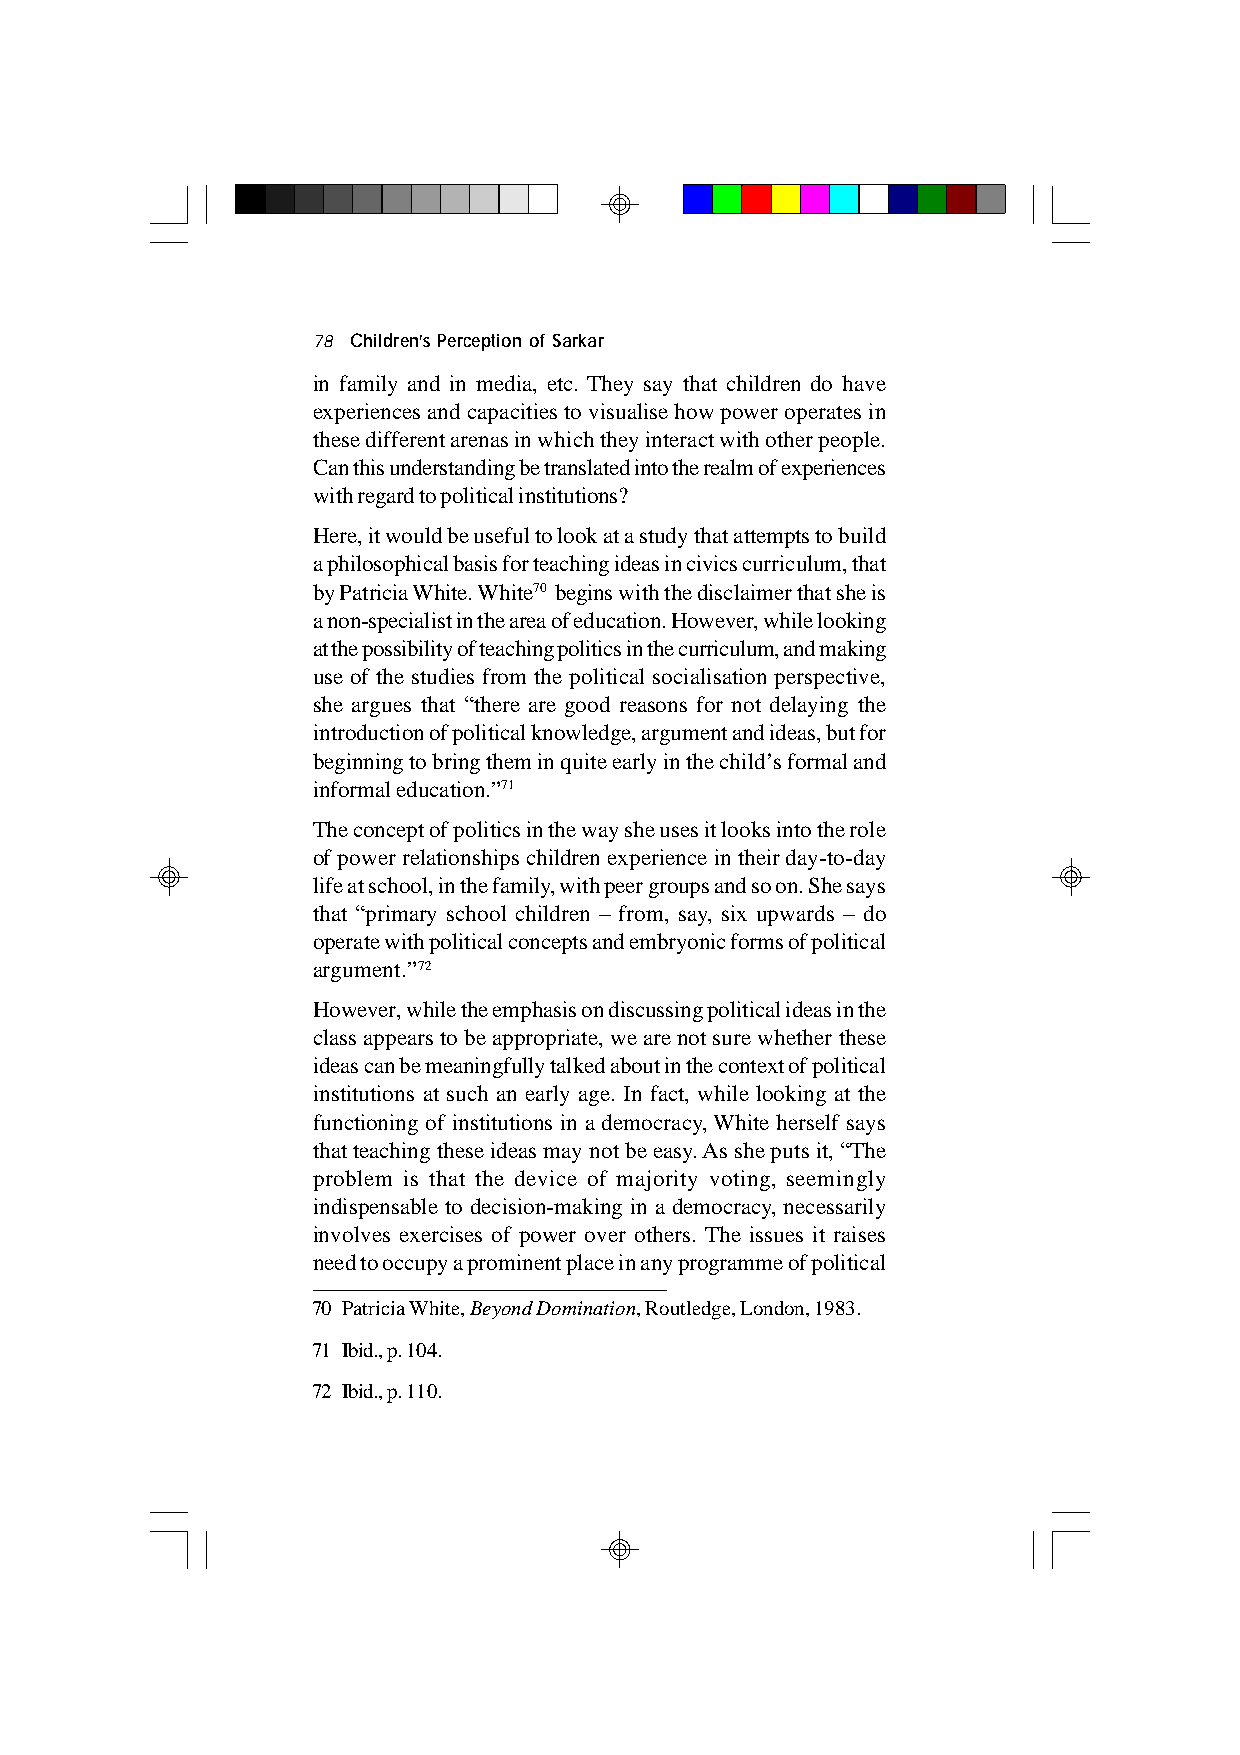
78 Children’s Perception of Sarkar
 in family and in media, etc. They say that children do have
 experiences and capacities to visualise how power operates in
 these different arenas in which they interact with other people.
 Can this understanding be translated into the realm of experiences
 with regard to political institutions?
 Here, it would be useful to look at a study that attempts to build
 a philosophical basis for teaching ideas in civics curriculum, that
 by Patricia White. White70 begins with the disclaimer that she is
 a non-specialist in the area of education. However, while looking
 at the possibility of teaching politics in the curriculum, and making
 use of the studies from the political socialisation perspective,
 she argues that “there are good reasons for not delaying the
 introduction of political knowledge, argument and ideas, but for
 beginning to bring them in quite early in the child’s formal and
 informal education.”71
 The concept of politics in the way she uses it looks into the role
 of power relationships children experience in their day-to-day
 life at school, in the family, with peer groups and so on. She says
 that “primary school children – from, say, six upwards – do
 operate with political concepts and embryonic forms of political
 argument.”72
 However, while the emphasis on discussing political ideas in the
 class appears to be appropriate, we are not sure whether these
 ideas can be meaningfully talked about in the context of political
 institutions at such an early age. In fact, while looking at the
 functioning of institutions in a democracy, White herself says
 that teaching these ideas may not be easy. As she puts it, “The
 problem is that the device of majority voting, seemingly
 indispensable to decision-making in a democracy, necessarily
 involves exercises of power over others. The issues it raises
 need to occupy a prominent place in any programme of political
 70 Patricia White, Beyond Domination, Routledge, London, 1983.
 71 Ibid., p. 104.
 72 Ibid., p. 110.